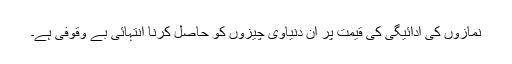
نمازوں کی ادائیگی کی قیمت پر ان دنیاوی چیزوں کو حاصل کرنا انتہائی بے وقوفی ہے۔